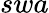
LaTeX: swa